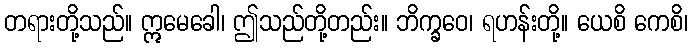
တရားတို့သည်။ ဣမေခေါ၊ ဤသည်တို့တည်း။ ဘိက္ခဝေ၊ ရဟန်းတို့။ ယေစိ ကေစိ၊